Civil Veterinary Dept. Bombay admin report 1932-41 - 1932-1941
Year: 1932
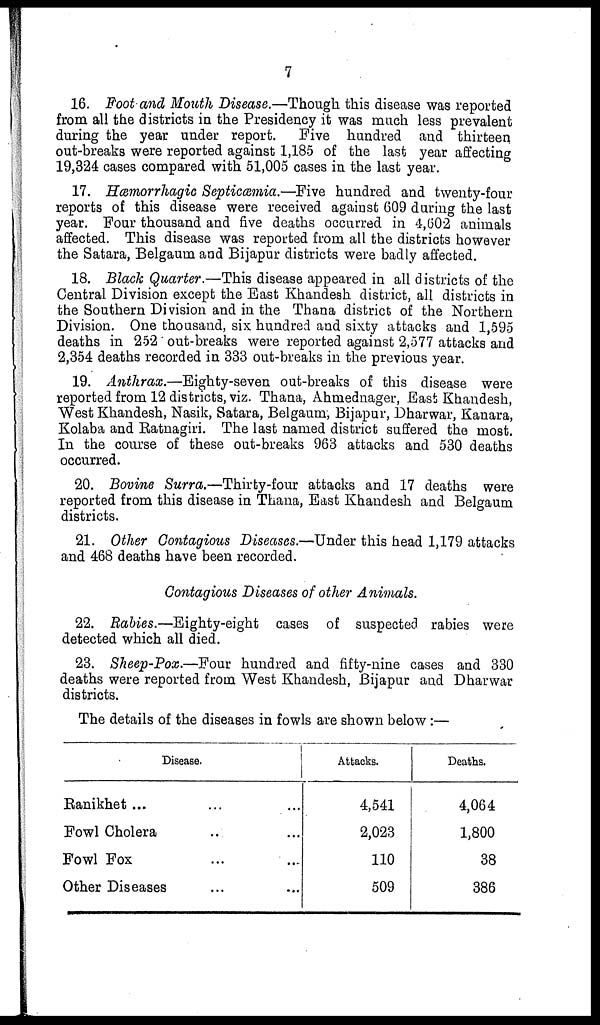
7
16. Foot and Mouth Disease.—Though this disease was reported
from all the districts in the Presidency it was much less prevalent
during the year under report. Five hundred and thirteen
out-breaks were reported against 1,185 of the last year affecting
19,324 cases compared with 51,005 cases in the last year.
17. Hæmorrhagic Septicæmia.—Five hundred and twenty-four
reports of this disease were received against 609 during the last
year. Four thousand and five deaths occurred in 4,602 animals
affected. This disease was reported from all the districts however
the Satara, Belgaum and Bijapur districts were badly affected.
18. Black Quarter.—This disease appeared in all districts of the
Central Division except the East Khandesh district, all districts in
the Southern Division and in the Thana district of the Northern
Division. One thousand, six hundred and sixty attacks and 1,595
deaths in 252 out-breaks were reported against 2,577 attacks and
2,354 deaths recorded in 333 out-breaks in the previous year.
19. Anthrax.—Eighty-seven out-breaks of this disease were
reported from 12 districts, viz. Thana, Ahmednager, East Khandesh,
West Khandesh, Nasik, Satara, Belgaum, Bijapur, Dharwar, Kanara,
Kolaba and Ratnagiri. The last named district suffered the most.
In the course of these out-breaks 963 attacks and 530 deaths
occurred.
20. Bovine Surra.—Thirty-four attacks and 17 deaths were
reported from this disease in Thana, East Khandesh and Belgaum
districts.
21. Other Contagious Diseases.—Under this head 1,179 attacks
and 468 deaths have been recorded.
Contagious Diseases of other Animals.
22. Rabies.—Eighty-eight cases of suspected rabies were
detected which all died.
23. Sheep-Pox.—Four hundred and fifty-nine cases and 330
deaths were reported from West Khandesh, Bijapur and Dharwar
districts.
The details of the diseases in fowls are shown below:—
Disease.
Ranikhet ...
...
...
Fowl Cholera
..
...
Fowl Fox
...
...
Other Diseases
...
...
Attacks.
4,541
2,023
110
509
Deaths.
4,064
1,800
38
386